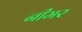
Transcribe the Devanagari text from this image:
नीमर